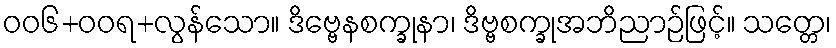
ဝဝ၆+ဝဝရ+လွန်သော။ ဒိဗ္ဗေနစက္ခုနာ၊ ဒိဗ္ဗစက္ခုအဘိညာဉ်ဖြင့်။ သတ္တေ၊